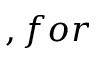
, f o r